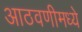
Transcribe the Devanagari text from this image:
आठवणीमध्ये